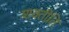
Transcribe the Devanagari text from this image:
शक्तीति